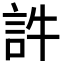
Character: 𧥸